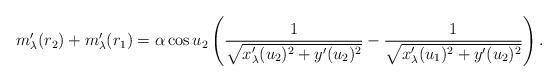
LaTeX: \begin{align*}m'_\lambda(r_2)+m'_\lambda(r_1)=\alpha\cos u_2\left( \frac{1}{\sqrt{x'_\lambda(u_2)^2+y'(u_2)^2}}-\frac{1}{\sqrt{x'_\lambda(u_1)^2+y'(u_2)^2} } \right).\end{align*}